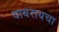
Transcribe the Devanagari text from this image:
वावरायचा